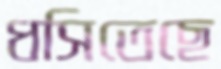
ধসিতেছে